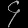
Digit: ၄